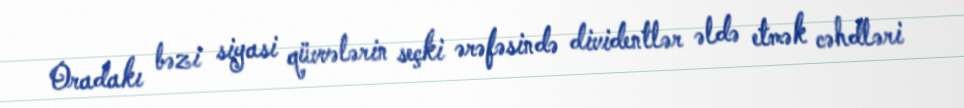
Oradakı bəzi siyasi qüvvələrin seçki ərəfəsində dividentlər əldə etmək cəhdləri